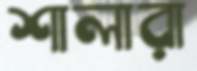
শালারা